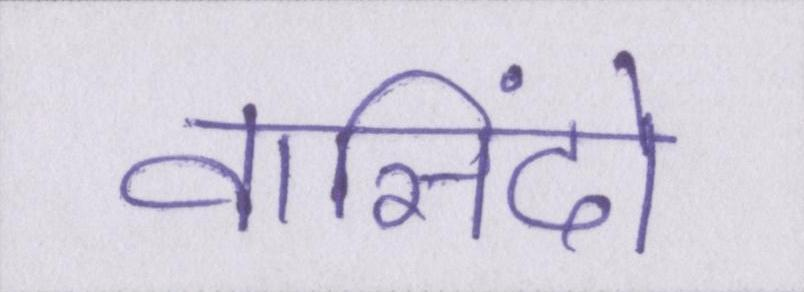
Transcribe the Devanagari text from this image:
वासिंदो